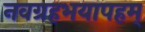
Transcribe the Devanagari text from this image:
नवग्रहभयापहम्